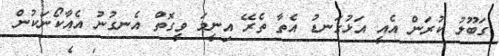
ގަބޫލު ކުރަން އެއީ އަޅުގަނޑު އެތާ ތެރޭ އިނީމަ ވީގޮތް އެނގުނު އެއާކޯނަކުން